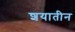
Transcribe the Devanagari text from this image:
शयातीन